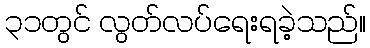
၃၁တွင် လွတ်လပ်ရေးရခဲ့သည်။